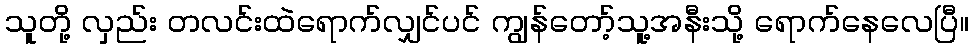
သူတို့ လှည်း တလင်းထဲရောက်လျှင်ပင် ကျွန်တော့်သူ့အနီးသို့ ရောက်နေလေပြီ။